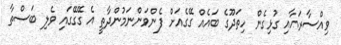
ވިއްސާރައާއި ގުޅިގެން ހިތަދޫގެ ބައެއް ގޭގެއަށް ފެންވަންނަމުންދާތީ އެ ގޭގޭގައި ވެލި ބަސްތާ